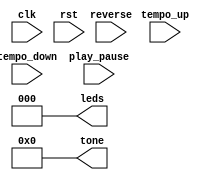
module music_streamer (
    input clk,
    input rst,
    input tempo_up,
    input tempo_down,
    input play_pause,
    input reverse,
    output [2:0] leds,
    output [23:0] tone
);
    // Instantiate the ROM here
    assign leds = 0;
    assign tone = 0;
endmodule